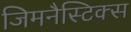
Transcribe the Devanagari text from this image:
जिमनैस्टिक्स